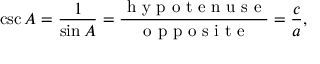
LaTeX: \csc A = { \frac { 1 } { \sin A } } = { \frac { \textrm { h y p o t e n u s e } } { \textrm { o p p o s i t e } } } = { \frac { c } { a } } ,